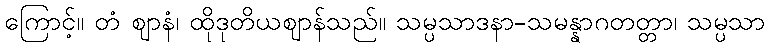
ကြောင့်။ တံ ဈာနံ၊ ထိုဒုတိယဈာန်သည်။ သမ္ပသာဒနာ-သမန္နာဂတတ္တာ၊ သမ္ပသာ